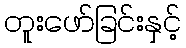
တူးဖော်ခြင်းနှင့်